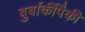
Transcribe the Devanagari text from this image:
बुर्बाकींपैकी